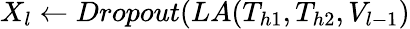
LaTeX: X_{l}\gets Dropout(LA(T_{h1},T_{h2},V_{l-1})